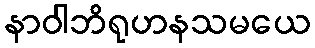
နာဝါဘိရုဟနသမယေ